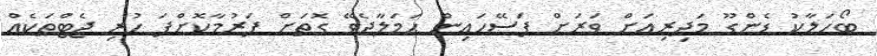
ބޯހަލާކު ޑެންގޫ މަދިރިއަށް ވަރަށް ފަސޭހައިން ހަމަލާދެވޭ ގޮތަށް ފަރުމާކޮށްފަ ހުރި ޖެޓްތަކެއް